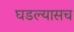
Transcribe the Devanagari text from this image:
घडल्यासच